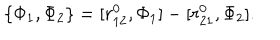
LaTeX: \{ \Phi _ { 1 } , \Phi _ { 2 } \} = [ r _ { 1 2 } ^ { 0 } , \Phi _ { 1 } ] - [ r _ { 2 1 } ^ { 0 } , \Phi _ { 2 } ] .